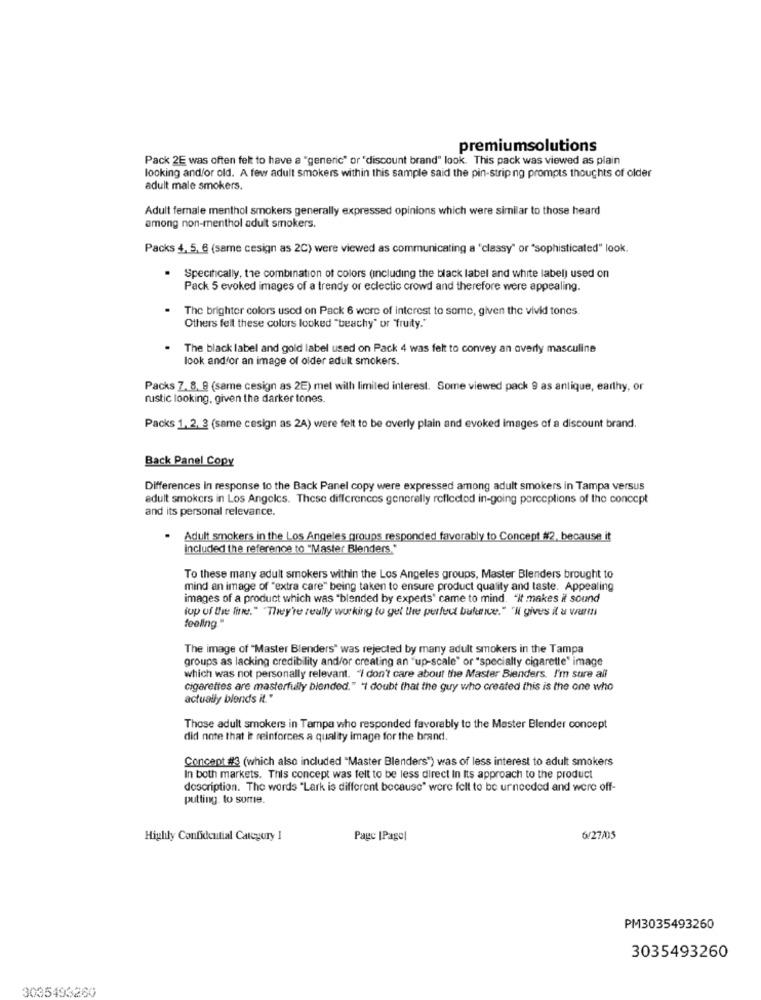
premiumsolutions
Pack 2E was often felt to have a "generic" or "discount brand" look. This pack was viewed as plain
looking and/or old. A few adult smokers within this sample said the pin-strip ng prompts thoughts of older
adult male smokers.
Adult female menthol smokers generally expressed opinions which were similar to those heard
among non-menthol adult smokers.
Packs 4, 5, 6 (same cesign as 2C) were viewed as communicating a 'classy" or "sophisticated" look.
Specifically, the combination of colors (including the black label and white label) used on
Pack 5 evoked images of a trendy or eclectic crowd and therefore were appealing.
The brighter colors used on Pack 6 were of interest to some, given the vivid tones.
Others felt these colors looked "beachy" or "fruity."
The black label and gold label used on Pack 4 was felt to convey an overly masculine
look andfor an image of older adult smokers.
Packs 7. 8, 8 (same cesign as 2E) mel will limited interest. Some viewed pack 9 as anlique, earthy, or
rustic looking, given the darker tones.
Packs 1, 2, 3 (same cesign as 2A) were felt to be overly plain and evoked images of a discount brand.
Back Panel Copy
Differences in response to the Back Panel copy were expressed among adult smokers in Tampa versus
adult smokers in Los Angeles. These differences generally reflected in-going perceptions of the concept
and its personal relevance.
Adult smokers in the Los Angeles groups responded favorably to Concept #2, because it
inclucted the reference to "Master Blenders."
To these many adult smokers within the Los Angeles groups, Master Blenders brought to
mind an image of "extra care" being taken to ensure product quality and taste. Appealing
images of a product which was "blended by experts' came to mind. "It makes it sound
(up of the line." "They're really working to get the perfect bufeve." "I gives il a varmı
feeling"
The image of "Master Blenders" was rejected by many adult smokers in the Tampa
groups as lacking credibility and/or creating an "up-scale" or "specialty cigarette" image
which was not personally relevant. "I don't care about the Master Blenders. I'm sure all
cigarettes are masterfully blended." "1 doubt that the guy who created this is the one who
actually blends it."
Those adult smokers in Tampa wiho responded favorably to the Master Blender concept
did note that i reinforces a quality image for the brand.
Concept #3 (which also included "Master Blenders") was of less interest to adult smokers
In both markets. This concept was felt to be less direct In Its approach to the product
description. The words "Lark is different because" were felt to be urneeded and were off-
putting. to some.
Highly Confidential Category 1
Page |Pagol
6/27/05
PM3035493260
3035493260
3035493260